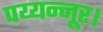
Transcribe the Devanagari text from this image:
पय्यन्नूर।